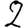
Digit: 2